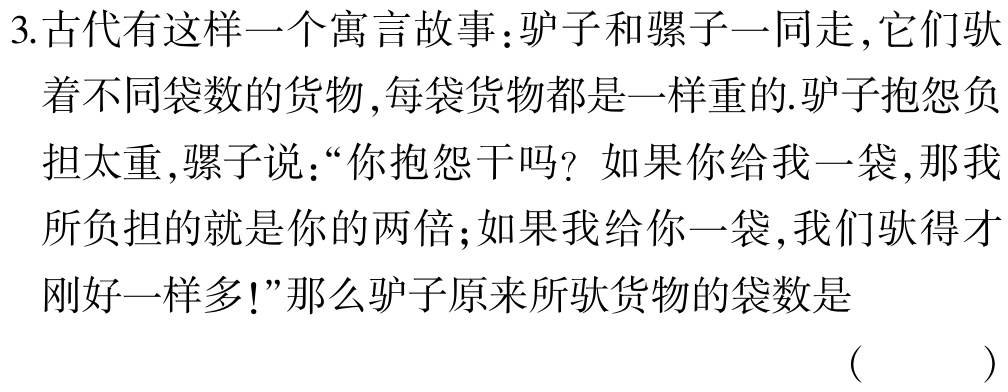
3.古代有这样一个寓言故事：驴子和骡子一同走，它们驮
着不同袋数的货物，每袋货物都是一样重的.驴子抱怨负
担太重，骡子说：“你抱怨干吗？如果你给我一袋，那我
所负担的就是你的两倍；如果我给你一袋，我们驮得才
刚好一样多!”那么驴子原来所驮货物的袋数是
( )